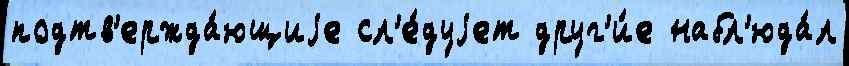
подтв'ержда́ющиjе сл'е́дуjет друг'и́е набл'юда́л